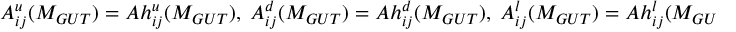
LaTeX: A _ { i j } ^ { u } ( M _ { G U T } ) = A h _ { i j } ^ { u } ( M _ { G U T } ) , \; A _ { i j } ^ { d } ( M _ { G U T } ) = A h _ { i j } ^ { d } ( M _ { G U T } ) , \; A _ { i j } ^ { l } ( M _ { G U T } ) = A h _ { i j } ^ { l } ( M _ { G U T } ) ,